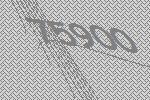
75900